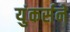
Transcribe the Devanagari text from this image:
युंकर्सने